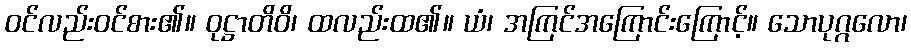
ဝင်လည်းဝင်စား၏။ ဝုဋ္ဌာတိဝိ၊ ထလည်းထ၏။ ယံ၊ အကြင်အကြောင်းကြောင့်။ သောပုဂ္ဂလော၊